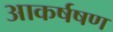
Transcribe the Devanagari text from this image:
आकर्षषण